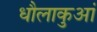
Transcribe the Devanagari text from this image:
धौलाकुआं